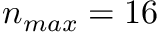
n _ { m a x } = 1 6